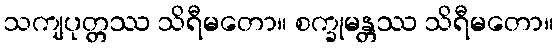
သကျပုတ္တဿ သိရီမတော။ စက္ခုမန္တဿ သိရီမတော။